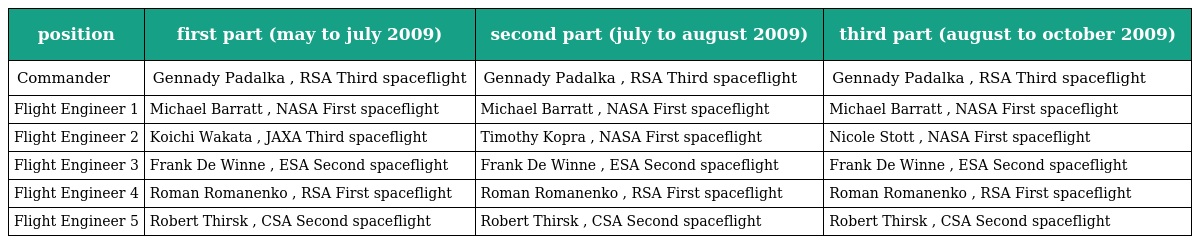
| position | first part (may to july 2009) | second part (july to august 2009) | third part (august to october 2009) |
 | --- | --- | --- | --- |
 | Commander | Gennady Padalka , RSA Third spaceflight | Gennady Padalka , RSA Third spaceflight | Gennady Padalka , RSA Third spaceflight |
 | Flight Engineer 1 | Michael Barratt , NASA First spaceflight | Michael Barratt , NASA First spaceflight | Michael Barratt , NASA First spaceflight |
 | Flight Engineer 2 | Koichi Wakata , JAXA Third spaceflight | Timothy Kopra , NASA First spaceflight | Nicole Stott , NASA First spaceflight |
 | Flight Engineer 3 | Frank De Winne , ESA Second spaceflight | Frank De Winne , ESA Second spaceflight | Frank De Winne , ESA Second spaceflight |
 | Flight Engineer 4 | Roman Romanenko , RSA First spaceflight | Roman Romanenko , RSA First spaceflight | Roman Romanenko , RSA First spaceflight |
 | Flight Engineer 5 | Robert Thirsk , CSA Second spaceflight | Robert Thirsk , CSA Second spaceflight | Robert Thirsk , CSA Second spaceflight |